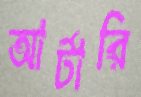
আর্টারি